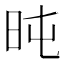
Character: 旽